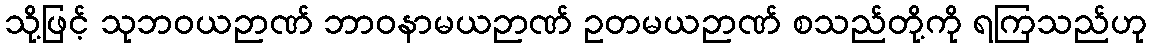
သို့ဖြင့် သုဘဝယဉာဏ် ဘာဝနာမယဉာဏ် ဥတမယဉာဏ် စသည်တို့ကို ရကြသည်ဟု